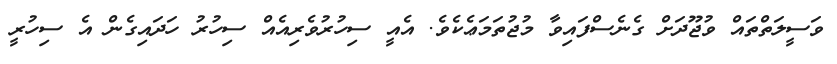
ވަސީލަތްތައް ވުޖޫދަށް ގެނެސްފައިވާ މުޖުތަމަޢެކެވެ. އެއީ ސިހުރުވެރިއެއް ސިހުރު ހަދައިގެން އެ ސިހުރީ